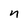
Character: n